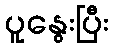
ပူနွေးပြီး